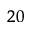
_ { 2 0 }